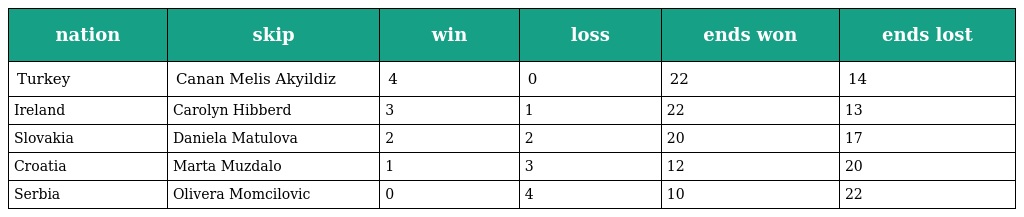
| nation | skip | win | loss | ends won | ends lost |
 | --- | --- | --- | --- | --- | --- |
 | Turkey | Canan Melis Akyildiz | 4 | 0 | 22 | 14 |
 | Ireland | Carolyn Hibberd | 3 | 1 | 22 | 13 |
 | Slovakia | Daniela Matulova | 2 | 2 | 20 | 17 |
 | Croatia | Marta Muzdalo | 1 | 3 | 12 | 20 |
 | Serbia | Olivera Momcilovic | 0 | 4 | 10 | 22 |